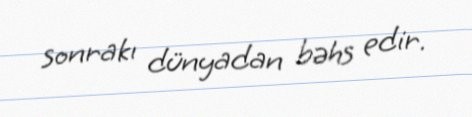
sonrakı dünyadan bəhs edir.